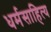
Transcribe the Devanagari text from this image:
धर्मसाहित्य